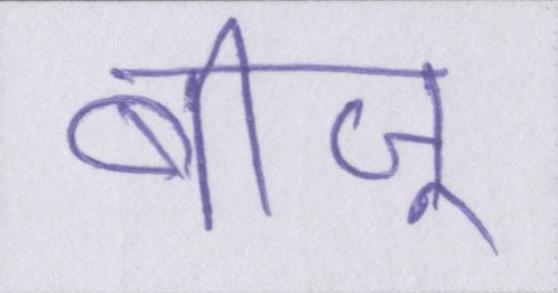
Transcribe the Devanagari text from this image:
बीजू